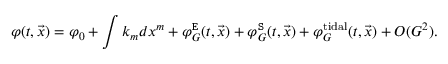
\varphi ( t , { \vec { x } } ) = \varphi _ { 0 } + \int k _ { m } d x ^ { m } + \varphi _ { G } ^ { \tt E } ( t , { \vec { x } } ) + \varphi _ { G } ^ { \tt S } ( t , { \vec { x } } ) + \varphi _ { G } ^ { \mathrm { t i d a l } } ( t , { \vec { x } } ) + { \cal O } ( G ^ { 2 } ) .